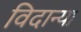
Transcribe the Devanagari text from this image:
विदान्या